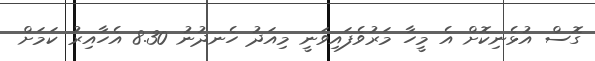
ގޮސް އުޅެނިކޮށް އެ މީހާ މަރުވެފައިވަނީ މިއަދު ހެނދުނު 8.30 އެހާއިރު ކަމަށް